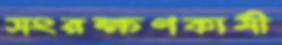
সংরক্ষণকামী